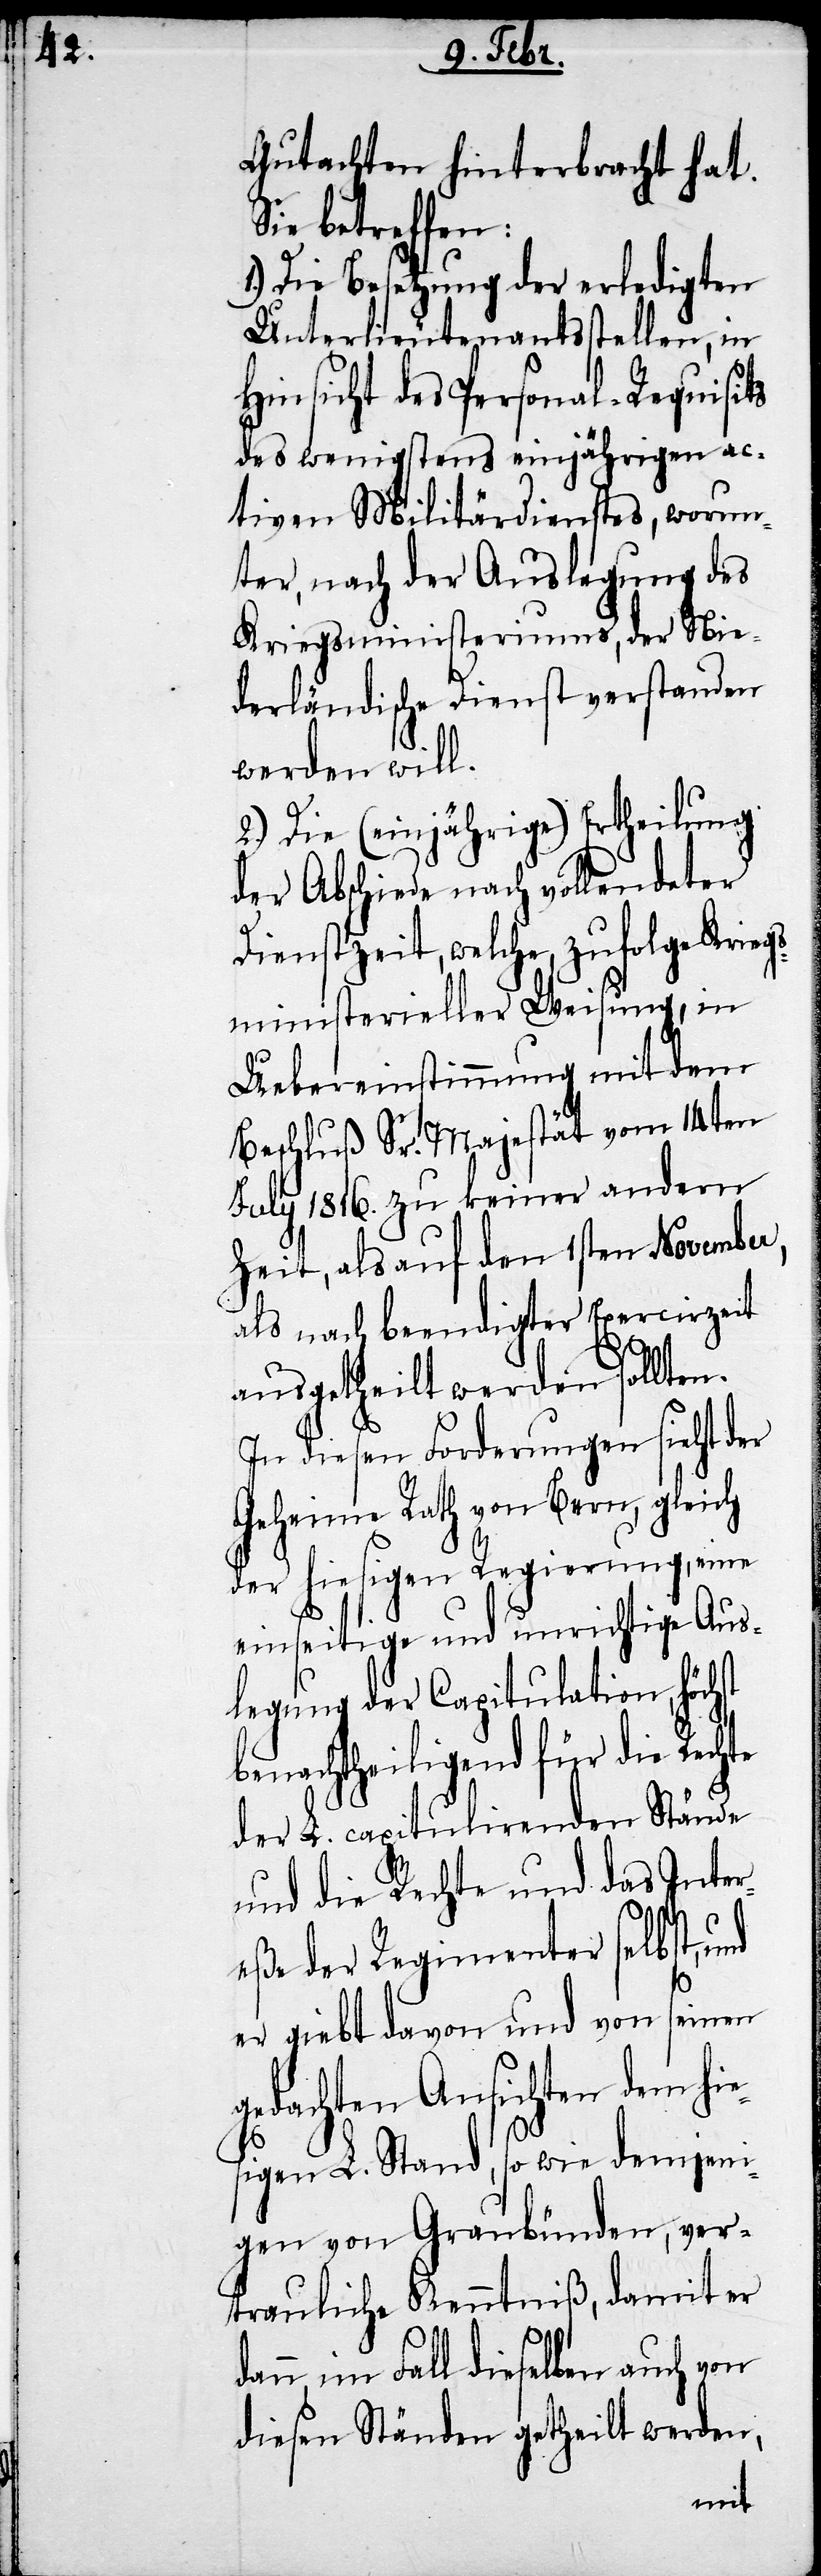
Gutachten hinterbracht hat.
Sie betreffen:
1.) Die Besetzung der erledigten
Unterlieutenantsstellen, in
Hinsicht des Personal-Requisits
des wenigstens einjährigen ac¬
tiven Militärdienstes, worun¬
ter, nach der Auslegung des
Kriegsministeriums, der Nie¬
derländische Dienst verstanden
werden will.
2.) Die (einjährige) Ertheilung
der Abschiede nach vollendeter
Dienstzeit, welche, zufolge Krie¬
gsministerieller Weisung, in
Uebereinstimmung mit dem
Beschluß Sr. Majestät vom 14ten
July 1816. zu keiner andern
Zeit, als auf den 1sten November,
als nach beendigter Exercirzeit
ausgetheilt werden sollten.
In diesen Forderungen sieht der
Geheime Rath von Bern, gleich
der hiesigen Regierung, eine
einseitige und unrichtige Aus¬
legung der Capitulation, höchst
benachtheiligend für die Rechte
der L. capitulirenden Stände
und die Rechte und das Inter¬
eße der Regimenter selbst,
er giebt davon und von seinen
gedachten Ansichten dem hie¬
sigen L. Stand, so wie demjeni¬
gen von Graubünden, ver¬
trauliche Kenntniß, damit er
im Fall dieselben auch von
diesen Ständen getheilt werden,